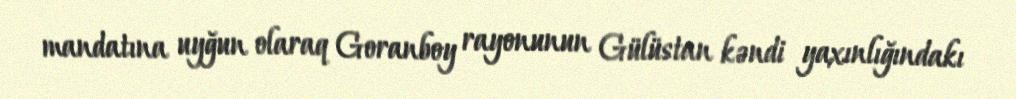
mandatına uyğun olaraq Goranboy rayonunun Gülüstan kəndi yaxınlığındakı